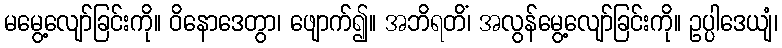
မမွေ့လျော်ခြင်းကို။ ဝိနောဒေတွာ၊ ဖျောက်၍။ အဘိရတိံ၊ အလွန်မွေ့လျော်ခြင်းကို။ ဥပ္ပါဒေယျံ၊